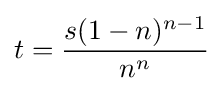
t={\frac {s(1-n)^{n-1}}{n^{n}}}